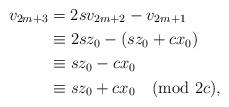
LaTeX: \begin{align*}v_{2m+3} &= 2sv_{2m+2}-v_{2m+1} \\&\equiv 2sz_0-(sz_0 + cx_0)\\&\equiv sz_0 - cx_0\\&\equiv sz_0+cx_0\pmod{2c},\end{align*}